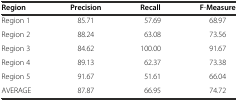
<table><thead><tr><td><b>Region</b></td><td><b>Precision</b></td><td><b>Recall</b></td><td><b>F-Measure</b></td></tr></thead><tbody><tr><td>Region 1</td><td>85.71</td><td>57.69</td><td>68.97</td></tr><tr><td>Region 2</td><td>88.24</td><td>63.08</td><td>73.56</td></tr><tr><td>Region 3</td><td>84.62</td><td>100.00</td><td>91.67</td></tr><tr><td>Region 4</td><td>89.13</td><td>62.37</td><td>73.38</td></tr><tr><td>Region 5</td><td>91.67</td><td>51.61</td><td>66.04</td></tr><tr><td>AVERAGE</td><td>87.87</td><td>66.95</td><td>74.72</td></tr></tbody></table>